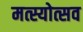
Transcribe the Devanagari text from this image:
मत्स्योत्सव